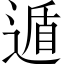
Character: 遁